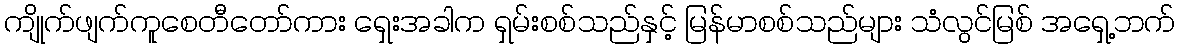
ကျိုက်ဖျက်ကူစေတီတော်ကား ရှေးအခါက ရှမ်းစစ်သည်နှင့် မြန်မာစစ်သည်များ သံလွင်မြစ် အရှေ့ဘက်